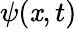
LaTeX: \psi(\mathit{x},t)